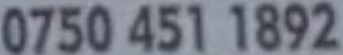
0750 451 1892